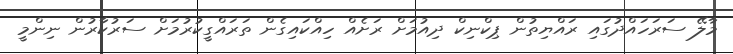
މާލޭ ސަރަހައްދުގައި ރައްޔިތުން ޕިކްނިކް ދިއުމަށް ރަށެއް ހިއްކައިގެން ތަރައްގީކުރުމަށް ސަރުކާރުން ނިންމީ